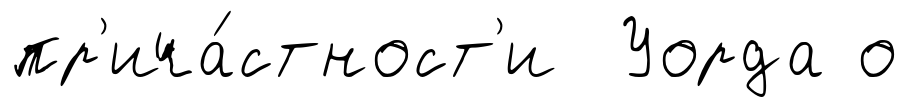
пр'ича́стност'и Уорда о